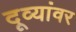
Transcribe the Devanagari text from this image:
दूव्यांवर